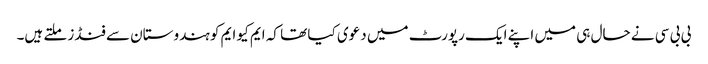
بی بی سی نے حال ہی میں اپنے ایک رپورٹ میں دعوی کیا تھا کہ ایم کیو ایم کو ہندوستان سے فنڈز ملتے ہیں۔